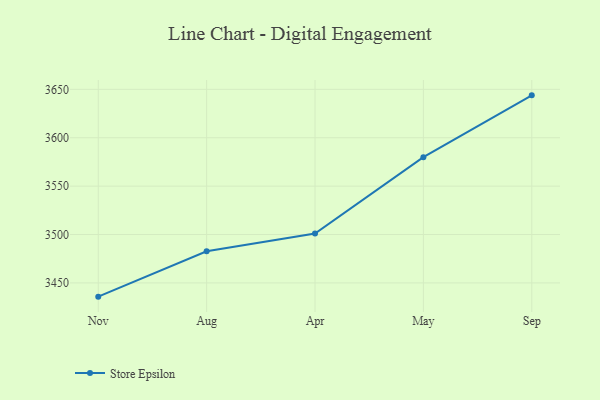
{"axis": {"x": "Month", "y": "Shipments"}, "legend": ["Store Epsilon"], "data": [{"x": "Nov", "y": 3435.8, "type": "Store Epsilon"}, {"x": "Aug", "y": 3482.7, "type": "Store Epsilon"}, {"x": "Apr", "y": 3501.0, "type": "Store Epsilon"}, {"x": "May", "y": 3579.9, "type": "Store Epsilon"}, {"x": "Sep", "y": 3643.8, "type": "Store Epsilon"}]}